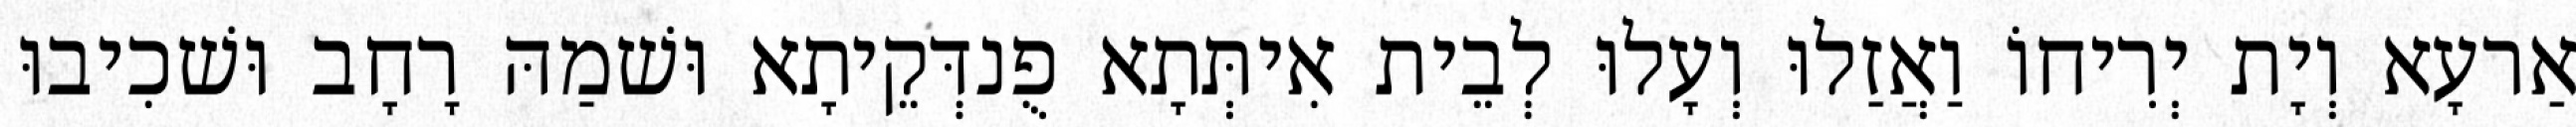
אַרעָא וְיָת יְרִיחוֹ וַאֲזַלוּ וְעָלוּ לְבֵית אִיתְּתָא פֻנדְּקֵיתָא וּשׁמַהּ רָחָב וּשׁכִיבוּ